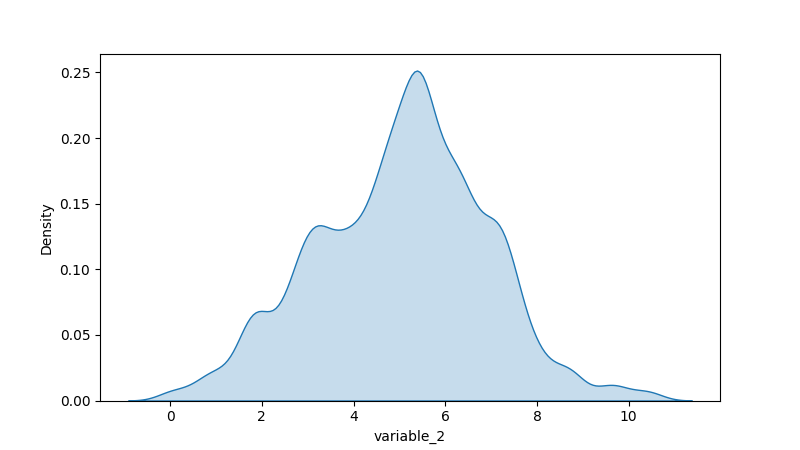
python, seaborn, kdeplot, hue='None', fill=True, bw_adjust=0.5